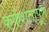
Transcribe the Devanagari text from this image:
कर्कशतापूर्ण